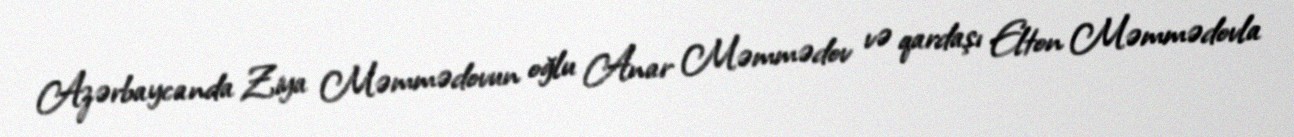
Azərbaycanda Ziya Məmmədovun oğlu Anar Məmmədov və qardaşı Elton Məmmədovla